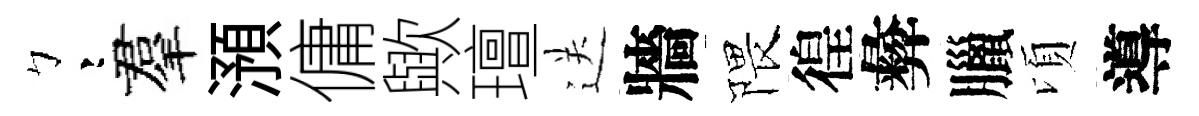
彎羣澦傭歟璮送牆隈徨彜臘頃導